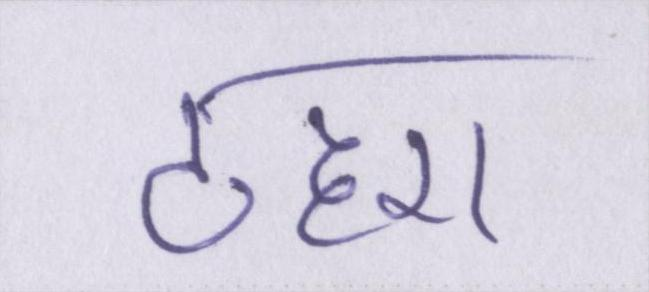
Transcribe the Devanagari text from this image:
ठहरा